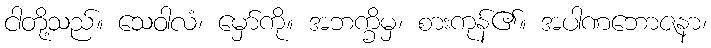
ငါတို့သည်။ သေဝါလံ၊ မှော်ကို။ အဘက္ခိမှ၊ စားကုန်၏။ အပါဏဘောဇနာ၊